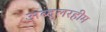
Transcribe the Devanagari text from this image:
अब्दुलरहीम